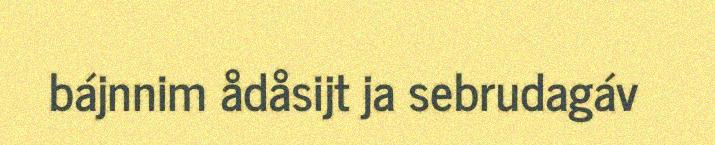
bájnnim ådåsijt ja sebrudagáv